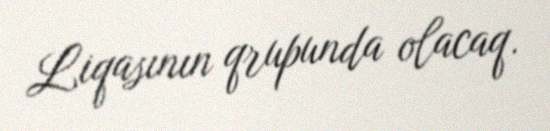
Liqasının qrupunda olacaq.